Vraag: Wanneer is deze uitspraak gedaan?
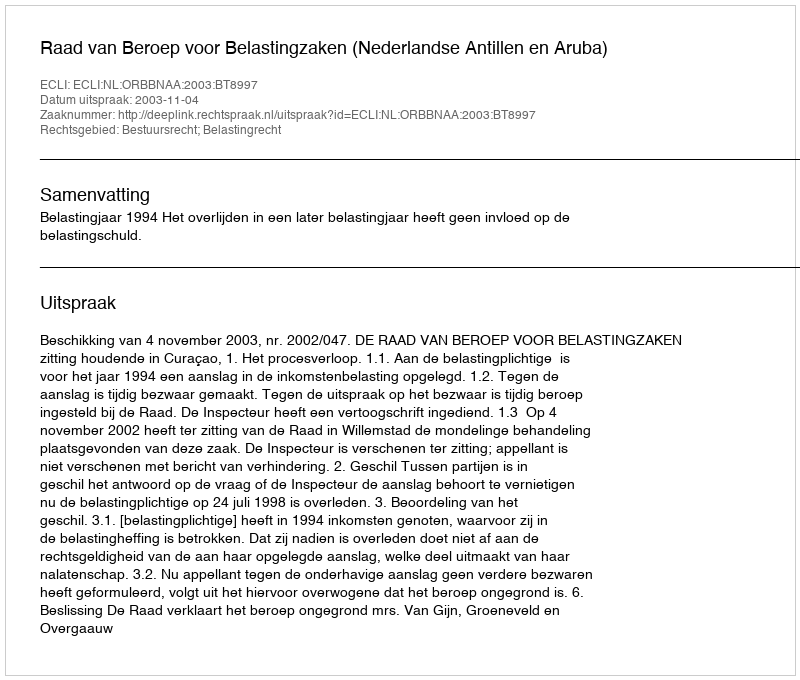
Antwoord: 2003-11-04